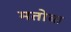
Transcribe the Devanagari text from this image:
मतोबा